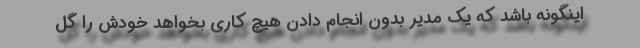
اینگونه باشد که یک مدیر بدون انجام دادن هیچ کاری بخواهد خودش را گل